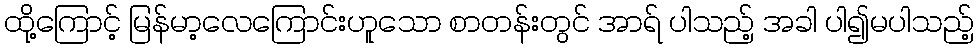
ထို့ကြောင့် မြန်မာ့လေကြောင်းဟူသော စာတန်းတွင် အာရ် ပါသည့် အခါ ပါ၍မပါသည့်